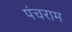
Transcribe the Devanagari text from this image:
पंचराम